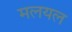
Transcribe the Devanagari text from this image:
मलयल